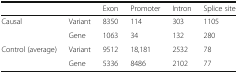
<table><thead><tr><td colspan="2"></td><td><b>Exon</b></td><td><b>Promoter</b></td><td><b>Intron</b></td><td><b>Splice site</b></td></tr></thead><tbody><tr><td rowspan="2">Causal</td><td>Variant</td><td>8350</td><td>114</td><td>303</td><td>1105</td></tr><tr><td>Gene</td><td>1063</td><td>34</td><td>132</td><td>280</td></tr><tr><td rowspan="2">Control (average)</td><td>Variant</td><td>9512</td><td>18,181</td><td>2532</td><td>78</td></tr><tr><td>Gene</td><td>5336</td><td>8486</td><td>2102</td><td>77</td></tr></tbody></table>